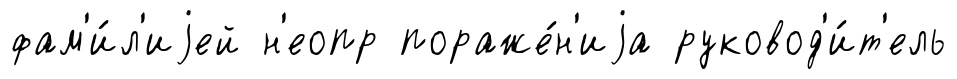
фам'и́л'иjей н'еопр пораже́н'иjа руковод'и́т'ель